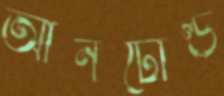
আনটোল্ড